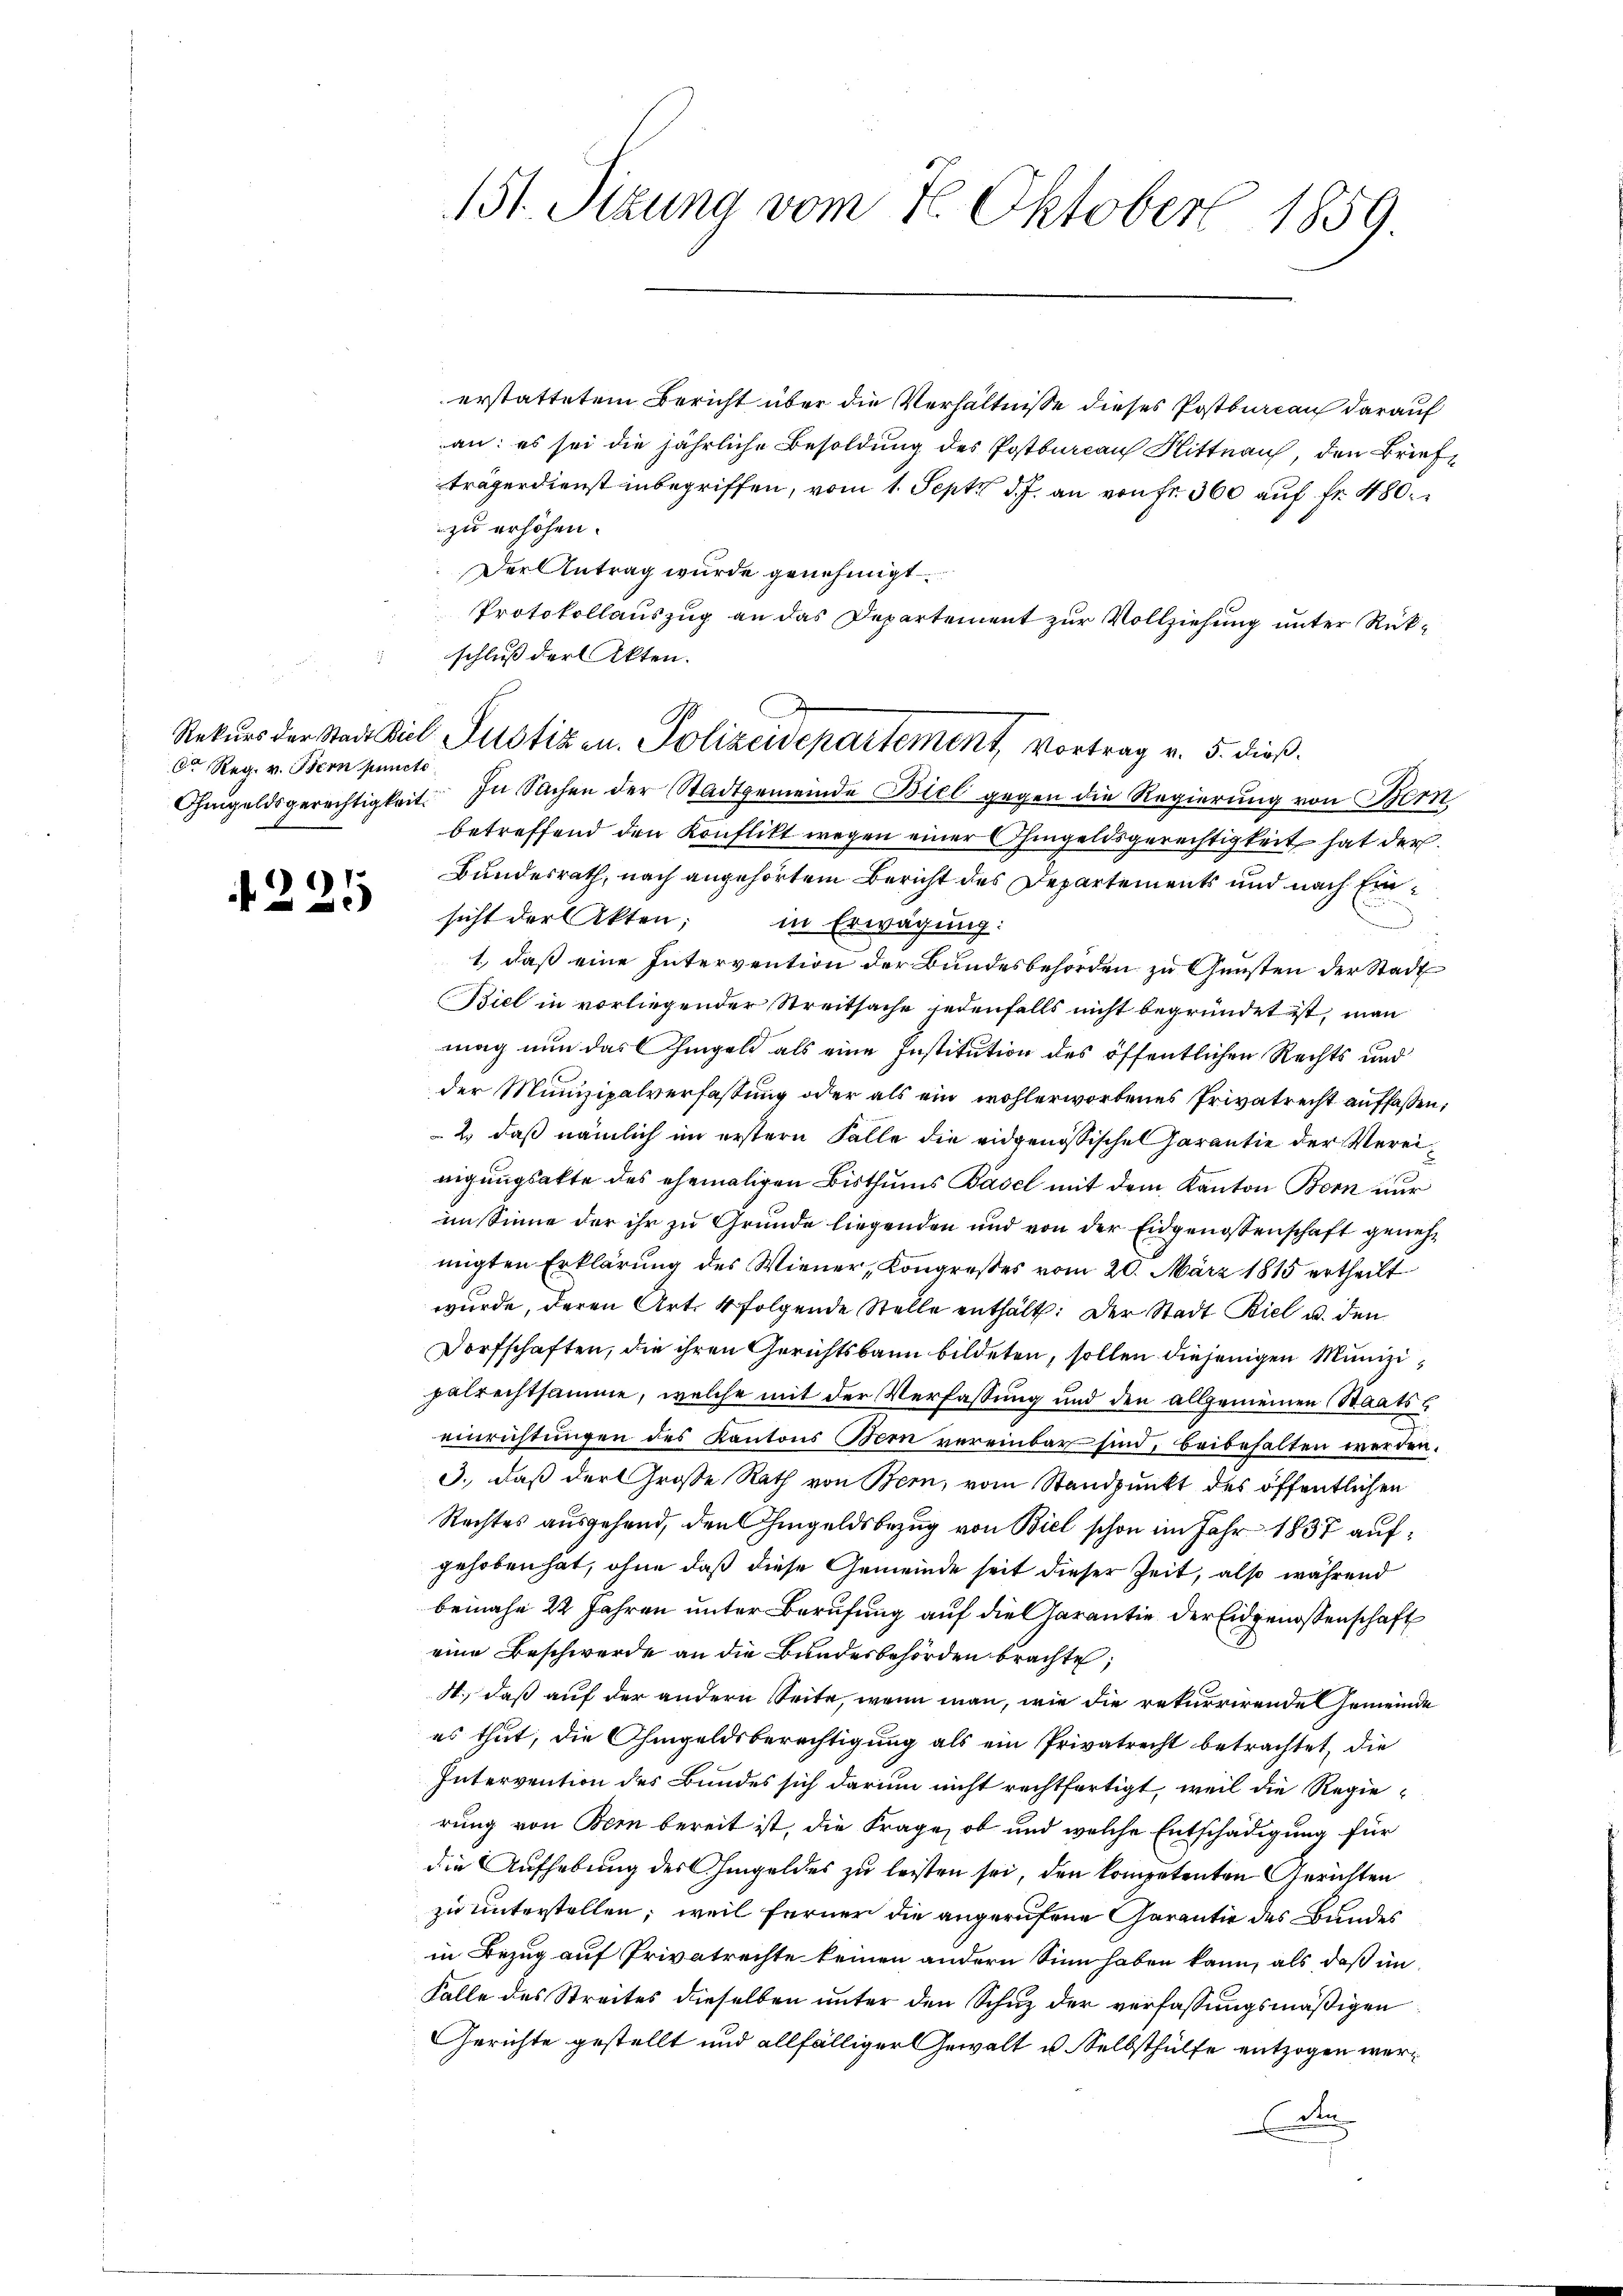
Ca Reg. v. Bern puncto

1
20

erstattetem Bericht über die Verhältnisse dieses Postbureau darauf
an: es sei die jährliche Besoldung des Postbureau Rittnau, den Briefträgerdienst inbegriffen, vom 1. Sept. d. J. an von Fr. 360 auf fr. 480
zu erhöhen.
Der Antrag wurde genehmigt
Protokollauszug an das Departement zur Vollziehung unter Rückschluß der Akten.
betreffend den Konflikt wegen einer Ohmgeldsgerechtigkeit hat der
Bundesrath, nach angehörtem Bericht des Departements und nach Einsicht der Akten;
in Erwägung:
1., daß eine Intervention der Bundesbehörden zu Gunsten der Stadt
Biel in vorliegender Streitsache jedenfalls nicht begründet ist, man
mag nun das hingel als eine Institution des öffentlichen Rechts und
der Munizipalverfassung oder als ein wohlerworbenes Privatrecht auffassen,
2) daß nämlich im erstern Falle die eidgenössischen Garantie der Vereieigungsakte des ehemaligen Bisthums Basel mit dem Kanton Bern nur
im Sinne der ihr zu Grunde liegenden und von der Eidgenossenschaft genehmigten Erklärung des Wiener, Kongreßes vom 20. März 1815 ertheilt
wurde, deren Art. 4 folgende Stelle enthält. Der Stadt Biel u. den
Dorfschaften, die ihren Gerichtsbann bildeten, sollen diejenigen Munizipalrechtsamme, welche mit der Verfassung und den allgemeinen Staatseinrichtungen des Kantons Bern vereinbar sind, beibehalten werden.
3., daß der Große Rath von Bern, vom Standpunkt des öffentlichen
Rechtes ausgehend, den hingeldsbezug von Biel schon im Jahr 1837 aufgehoben hat, ohne daß diese Gemeinde seit dieser Zeit, also während
beinahe 22 Jahren unter Berufung auf die Garantie der Eidgenossenschaft
eine Beschwerde an die Bundesbehörden brachte,
A., daß auf der andern Seite, wenn man, wie die rekurrirende Gemeinde
es thut, die Ohmgeldsberechtigung als ein Privatrecht betrachtet, die
Intervention des Bundes sich darum nicht rechtfertigt, weil die Regierung von Bern bereit ist, die Frage, ob und welche Entschädigung für
die Aufhebung des Hingeldes zu leisten sei, den kompetenten Gerichten
zu unterstellen; weil ferner die angerufene Garantie des Bundes
in Bezug auf Privatrechte keinen andern Sinn haben kann, als daß im
Falle des Streites dieselben unter den Schuz der verfassungsmäßigen
Gerichte gestellt und allfälliger Gewalt u. Selbsthülfe entzogen wer¬
Cete

151. Sizung vom 16. Oktober 1859.

Rekurs der Stadt Biel Pustizen. Polizeidepartement, Vortrag v. 5. dieß.
Ohmgeldsgerechtigkeit. In Sachen der Stadtgemeinde Biel gegen die Regierung von Bern